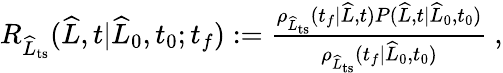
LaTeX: \begin{array}{r}{R_{\widehat{L}_{\mathrm{ts}}}(\widehat{L},t|\widehat{L}_{0},t_{0};t_{f}):=\frac{\rho_{\widehat{L}_{\mathrm{ts}}}(t_{f}|\widehat{L},t)P(\widehat{L},t|\widehat{L}_{0},t_{0})}{\rho_{\widehat{L}_{\mathrm{ts}}}(t_{f}|\widehat{L}_{0},t_{0})}\ ,}\end{array}